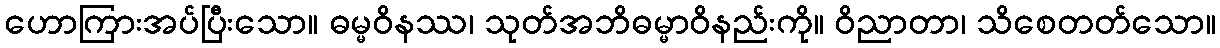
ဟောကြားအပ်ပြီးသော။ ဓမ္မဝိနဿ၊ သုတ်အဘိဓမ္မာဝိနည်းကို။ ဝိညာတာ၊ သိစေတတ်သော။